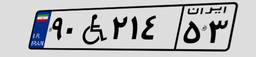
۹۰W۲۱۴۵۳